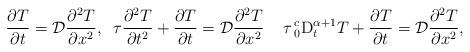
LaTeX: \begin{align*}\frac{\partial T}{\partial t}=\mathcal{D}\frac{\partial ^{2}T}{\partial x^{2}},\;\;\tau \frac{\partial ^{2}T}{\partial t^{2}}+\frac{\partial T}{\partial t}=\mathcal{D}\frac{\partial ^{2}T}{\partial x^{2}}\;\;\;\;\tau\,{}_{0}^{c}\mathrm{D}_{t}^{\alpha +1}T+\frac{\partial T}{\partial t}=\mathcal{D}\frac{\partial ^{2}T}{\partial x^{2}}, \end{align*}